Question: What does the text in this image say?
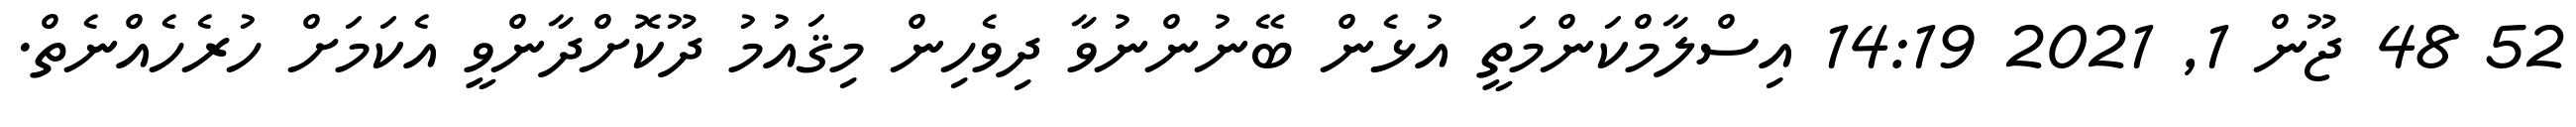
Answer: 52 48 ޖޫން 1, 2021 14:19 އިސްލާމްކަންމަތީ އުޅެން ބޭނުންނުވާ ދިވެހިން މިޤައުމު ދޫކޮށްދާންވީ އެކަމަށް ހުރެހެއްނެތް.